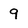
Character: 9